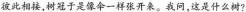
彼此相接,树冠于是像伞一样张开来。我问,这是什么树?